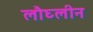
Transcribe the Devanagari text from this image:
लौघ्लीन